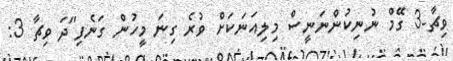
ވިޗާ-3 ގޭމް ނުނިކުންނަނީސް މިލިއަނަކަށް ވުރެ ގިނަ މީހުން ގަނެފި"ދަ ވިޗާ 3: